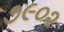
૭૯૦૨